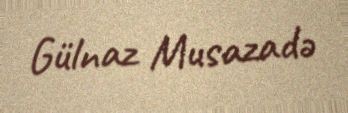
Gülnaz Musazadə